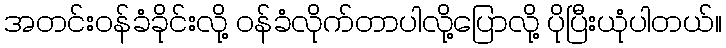
အတင်းဝန်ခံခိုင်းလို့ ဝန်ခံလိုက်တာပါလို့ပြောလို့ ပိုပြီးယုံပါတယ်။